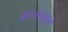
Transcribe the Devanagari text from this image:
झालेलेले